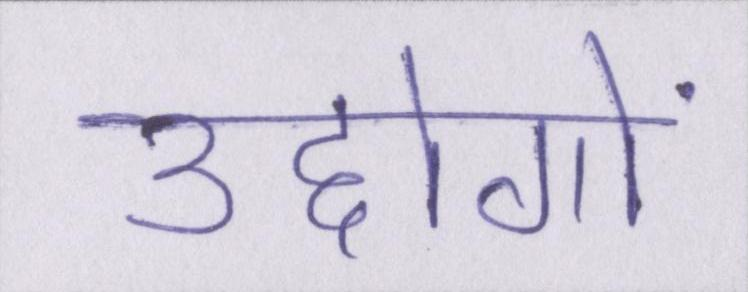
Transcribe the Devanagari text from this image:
उद्दोगों